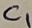
Text: C1